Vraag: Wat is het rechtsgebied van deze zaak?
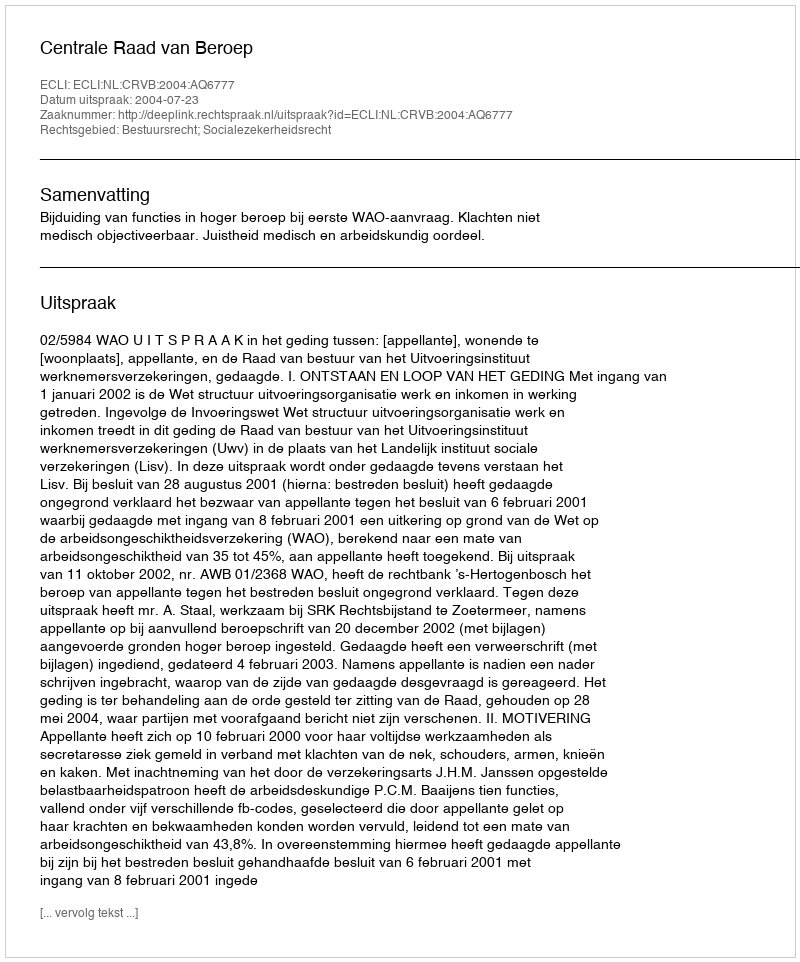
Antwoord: Bestuursrecht; Socialezekerheidsrecht